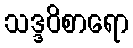
သဒ္ဒဝိစာရော